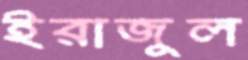
ইরাজুল